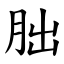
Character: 朏